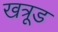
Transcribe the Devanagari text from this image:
खत्रूड